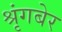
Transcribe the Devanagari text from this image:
श्रृंगबेर